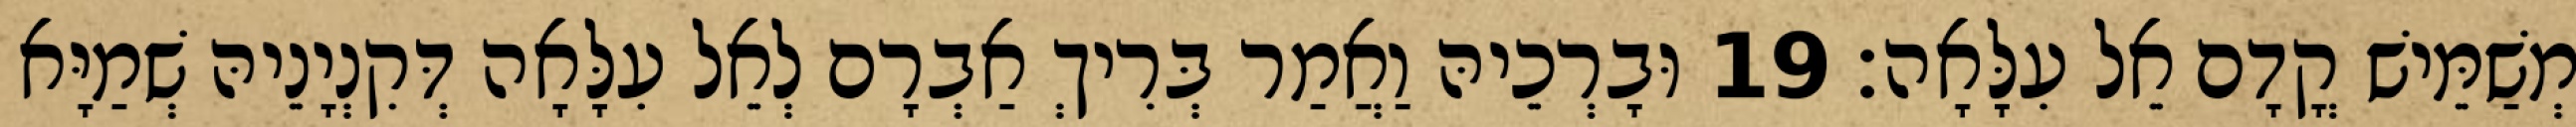
מְשַׁמֵּישׁ קֳדָם אֵל עִלָּאָה׃ 19 וּבָרְכֵיהּ וַאֲמַר בְּרִיךְ אַבְרָם לְאֵל עִלָּאָה דְּקִנְיָנֵיהּ שְׁמַיָּא